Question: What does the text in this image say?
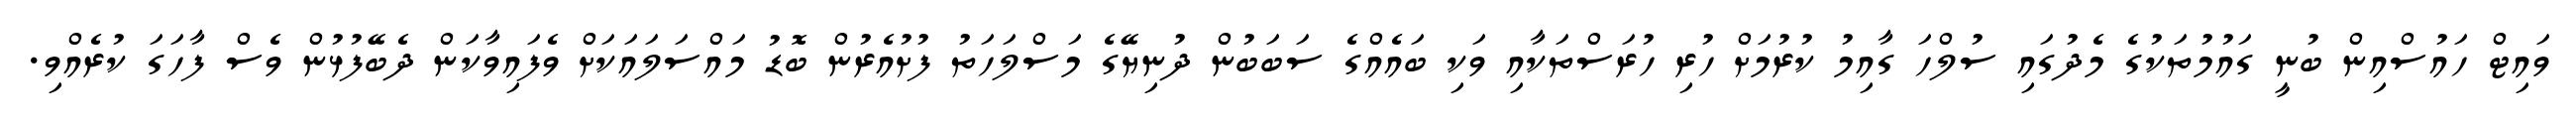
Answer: ވައިޓް ހައުސްއިން ބުނީ ގައުމުތަކުގެ މެދުގައި ސުލްހަ ގާއިމު ކުރުމަށް ހުރި ހުރަސްތަކާއި ވަކި ބައެއްގެ ސަބަބުން ދުނިޔޭގެ މަސްލަހަތު ފުށުއެރުން ބޮޑު މައްސަލައަކަށް ވެފައިވާކަން ދެބޭފުޅުން ވެސް ފާހަގަ ކުރެއްވި.